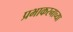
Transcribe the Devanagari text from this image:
प्रभाकरनाच्या